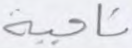
ناحية